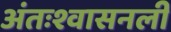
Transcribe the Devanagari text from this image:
अंतःश्वासनली